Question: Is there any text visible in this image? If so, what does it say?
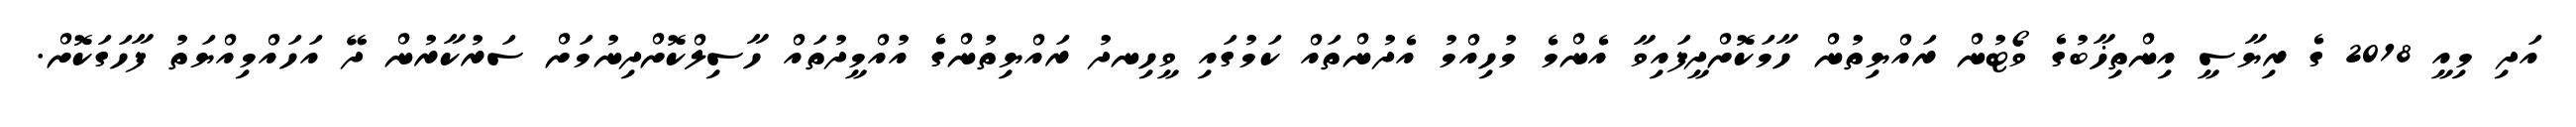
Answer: އަދި މިއީ 2018 ގެ ރިޔާސީ އިންތިޚާބުގެ ވޯޓުން ރައްޔިތުން ހާމަކޮށްދީފައިވާ އެންމެ މުހިއްމު އެދުންތައް ކަމުގައި ވީހިނދު ރައްޔިތުންގެ އުއްމީދުތައް ހާސިލްކޮށްދިނުމަށް ސަރުކާރުން ދޭ އަހައްމިއްޔަތު ފާހަގަކޮށް.